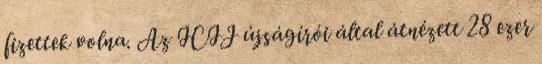
fizettek volna. Az ICIJ újságírói által átnézett 28 ezer